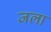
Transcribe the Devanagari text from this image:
जला